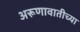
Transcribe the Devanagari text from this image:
अरूणावातीच्या